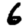
Digit: 6